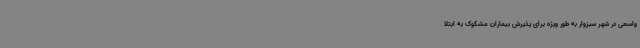
واسعی در شهر سبزوار به طور ویژه برای پذیرش بیماران مشکوک به ابتلا